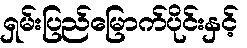
ရှမ်းပြည်မြောက်ပိုင်းနှင့်